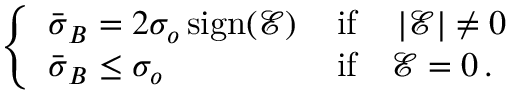
\begin{array} { r } { \left\{ \begin{array} { l l } { \bar { \boldsymbol { \sigma } } _ { B } = 2 \sigma _ { o } \, \mathrm { s i g n } { \left( \mathcal { E } \right) } \, } & { \mathrm { i f } \quad \left| \mathcal { E } \right| \ne 0 } \\ { \bar { \boldsymbol { \sigma } } _ { B } \le \sigma _ { o } } & { \mathrm { i f } \quad \mathcal { E } = 0 \, . } \end{array} \right. } \end{array}